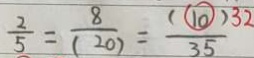
\overline { \frac { 2 } { 5 } = \frac { 8 } { ( 2 0 ) } = \frac { ( \textcircled { 1 0 } ) 3 2 } { 3 5 } }